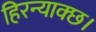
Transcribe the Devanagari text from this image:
हिरन्याक्छ।